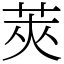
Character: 莢